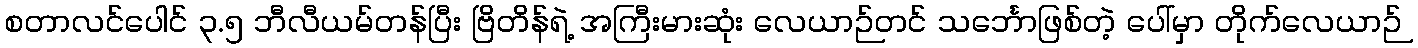
စတာလင်ပေါင် ၃.၅ ဘီလီယမ်တန်ပြီး ဗြိတိန်ရဲ့ အကြီးမားဆုံး လေယာဉ်တင် သင်္ဘောဖြစ်တဲ့ ပေါ်မှာ တိုက်လေယာဉ်